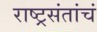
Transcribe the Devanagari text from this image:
राष्ट्रसंतांचं